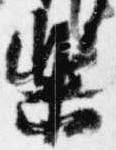
楽